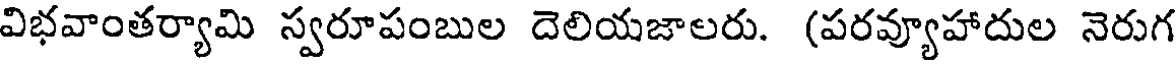
విభవాంతర్యామి స్వరూపంబుల దెలియజాలరు. (పరవ్యూహాదుల నెరుగ